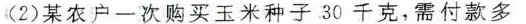
(2)某农户一次购买玉米种子30千克，需付款多